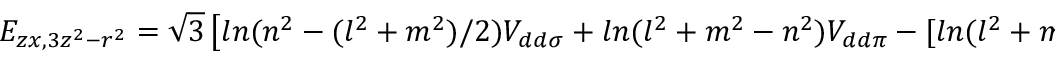
E _ { z x , 3 z ^ { 2 } - r ^ { 2 } } = { \sqrt { 3 } } \left[ l n ( n ^ { 2 } - ( l ^ { 2 } + m ^ { 2 } ) / 2 ) V _ { d d \sigma } + l n ( l ^ { 2 } + m ^ { 2 } - n ^ { 2 } ) V _ { d d \pi } - [ l n ( l ^ { 2 } + m ^ { 2 } ) / 2 ] V _ { d d \delta } \right]